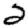
Digit: 2